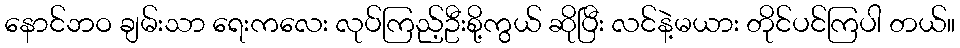
နောင်ဘဝ ချမ်းသာ ရေးကလေး လုပ်ကြည့်ဦးစို့ကွယ် ဆိုပြီး လင်နဲ့မယား တိုင်ပင်ကြပါ တယ်။